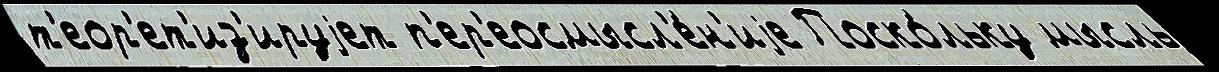
т'еор'ет'из'ируjет п'ер'еосмысл'е́н'иjе Поско́льку мысль